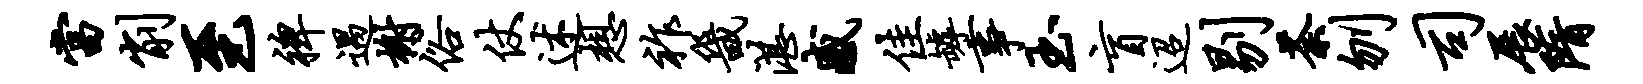
当削至裨遇榭俗仗述想祚畿湛感佳罅事玉盲迢剔荼刎司展隋